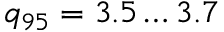
q _ { 9 5 } = 3 . 5 \dots 3 . 7